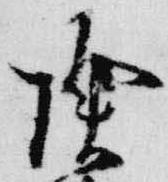
除